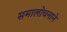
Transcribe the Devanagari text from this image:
समालोचनाने